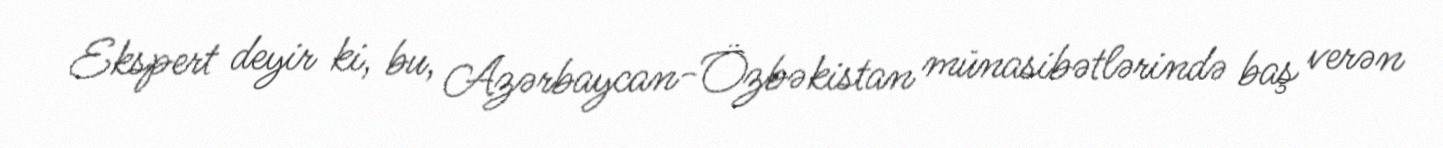
Ekspert deyir ki, bu, Azərbaycan-Özbəkistan münasibətlərində baş verən